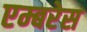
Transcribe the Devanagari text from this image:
एम्बरेस